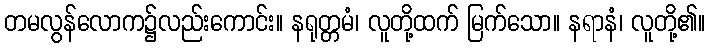
တမလွန်လောက၌လည်းကောင်း။ နရုတ္တမံ၊ လူတို့ထက် မြက်သော။ နရာနံ၊ လူတို့၏။